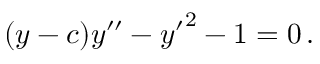
\begin{array} { r } { ( y - c ) y ^ { \prime \prime } - { y ^ { \prime } } ^ { 2 } - 1 = 0 \, . } \end{array}